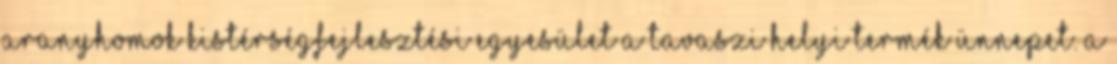
Aranyhomok Kistérségfejlesztési Egyesület a tavaszi Helyi Termék Ünnepet. A